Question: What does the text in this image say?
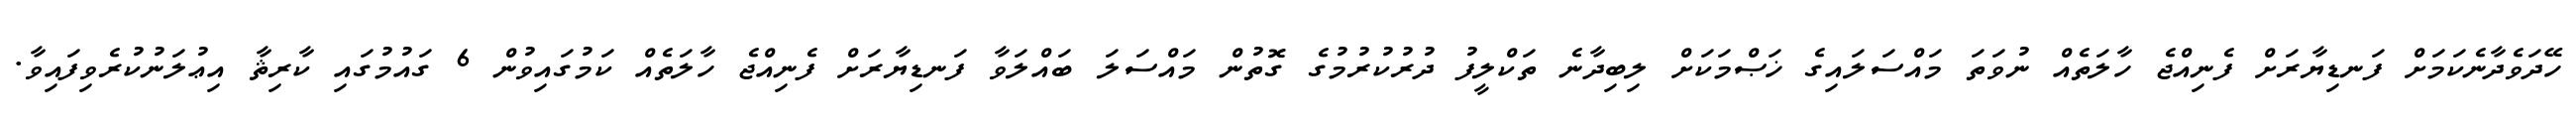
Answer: ހޭދަވެދާނެކަމަށް ފަނޑިޔާރަށް ފެނިއްޖެ ހާލަތެއް ނުވަތަ މައްސަލައިގެ ޚަޞްމަކަށް ލިބިދާނެ ތަކްލީފު ދުރުކުރުމުގެ ގޮތުން މައްސަލަ ބައްލަވާ ފަނޑިޔާރަށް ފެނިއްޖެ ހާލަތެއް ކަމުގައިވުން 6 ގައުމުގައި ކާރިޘާ އިޢުލަނުކުރެވިފައިވާ.